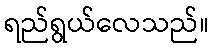
ရည်ရွယ်လေသည်။